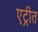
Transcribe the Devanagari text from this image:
एट्रीत